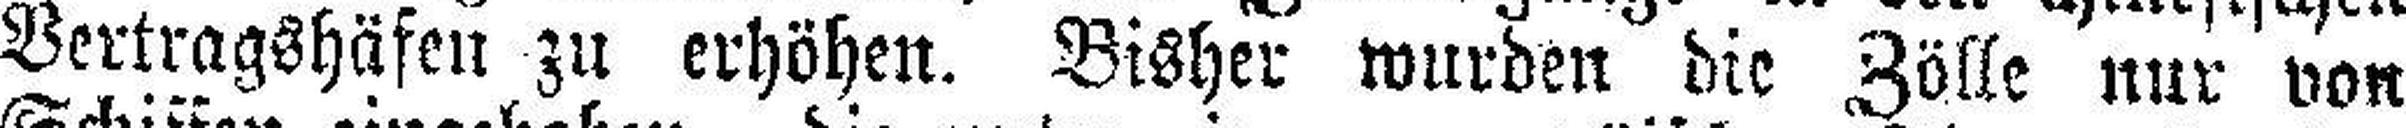
Vertragshäfen zu erhöhen. Bisher wurden die Zölle nur von